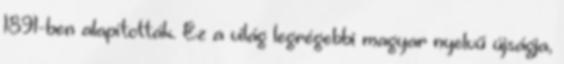
1891-ben alapították. Ez a világ legrégebbi magyar nyelvű újságja,